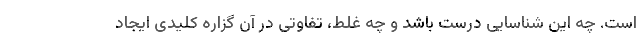
است. چه این شناسایی درست باشد و چه غلط، تفاوتی در آن گزاره کلیدی ایجاد